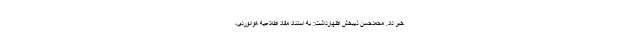
خبر داد. محمدحسن ذیبخش اظهارداشت: به استناد مفاد اطلاعیه هوانوردی،